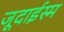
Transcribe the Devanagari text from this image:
जूदाईस्म